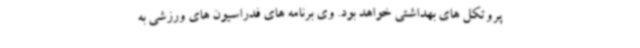
پروتکل های بهداشتی خواهد بود. وی برنامه های فدراسیون های ورزشی به